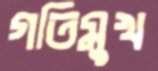
গতিমুখ